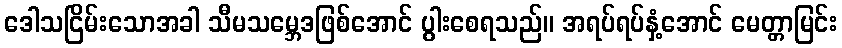
ဒေါသငြိမ်းသောအခါ သီမသမ္ဘေဒဖြစ်အောင် ပွါးစေရသည်။ အရပ်ရပ်နှံ့အောင် မေတ္တာမြင်း